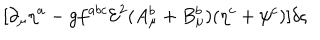
[ \partial _ { \mu } \eta ^ { a } - g f ^ { a b c } { \mathcal { E } } ^ { 2 } ( A _ { \mu } ^ { b } + B _ { \mu } ^ { b } ) ( \eta ^ { c } + \psi ^ { c } ) ] \delta \varsigma